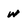
Character: w